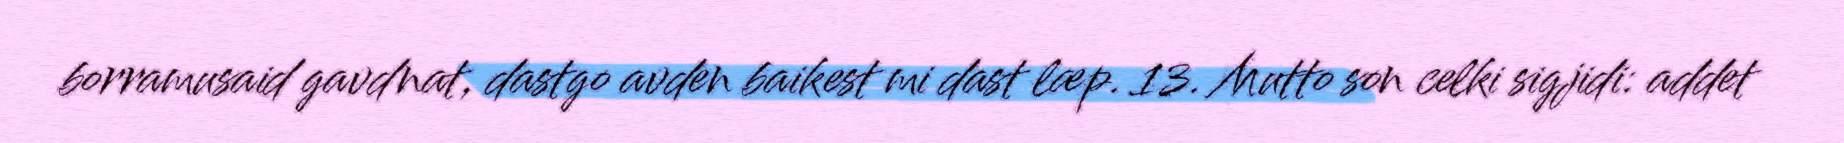
borramusaid gavdnat, dastgo avden baikest mi dast læp. 13. Mutto son celki sigjidi: addet